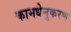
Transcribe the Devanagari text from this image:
कामधेनुकरण